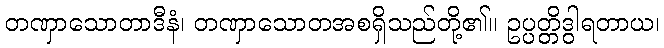
တဏှာသောတာဒီနံ၊ တဏှာသောတအစရှိသည်တို့၏။ ဥပ္ပတ္တိဒွါရတာယ၊